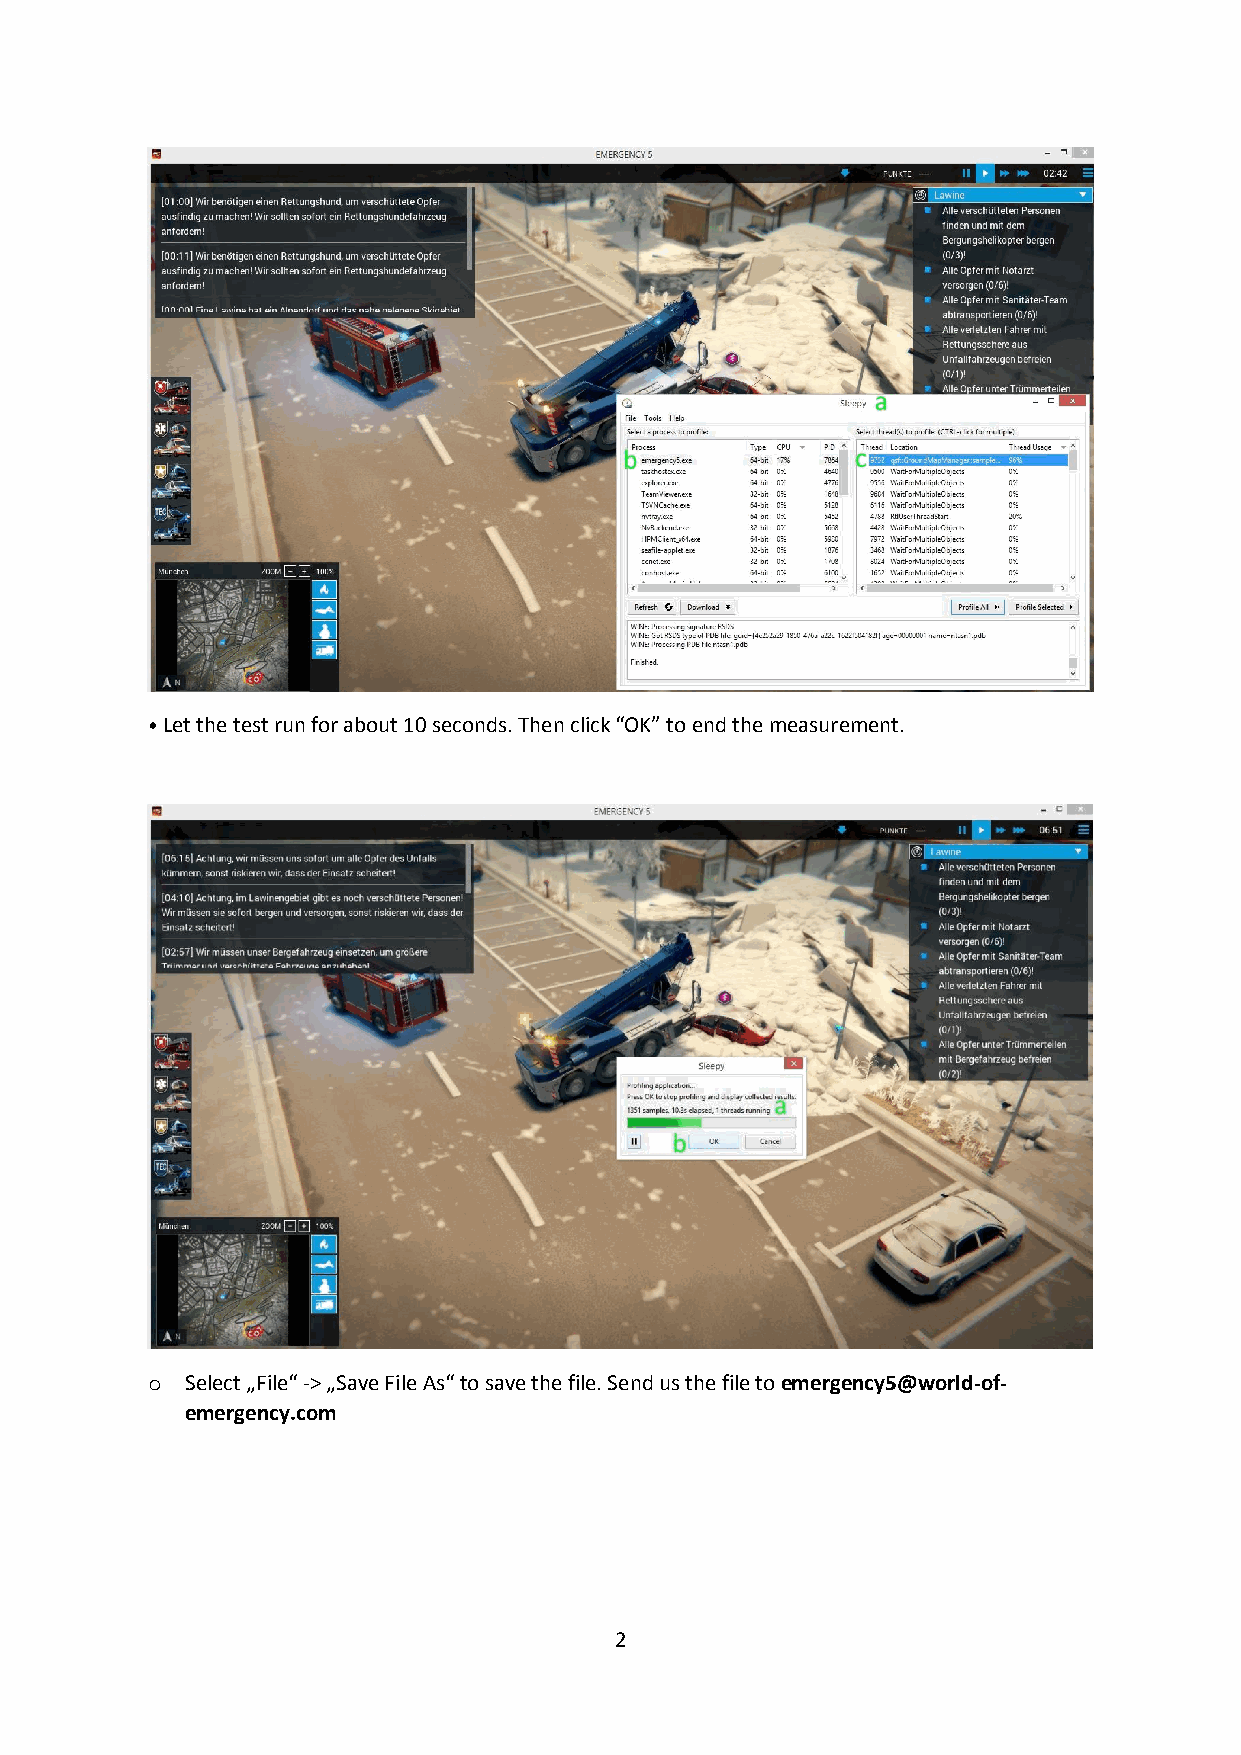
⦁ Let the test run for about 10 seconds. Then click “OK” to end the measurement.
 o Select „File“ -> „Save File As“ to save the file. Send us the file to emergency5@world-of-
 emergency.com
 2